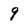
Character: 9